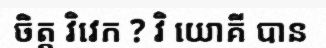
ចិត្ត វិវេក ? វិ យោគី បាន